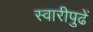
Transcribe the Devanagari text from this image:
स्वारीपुढें